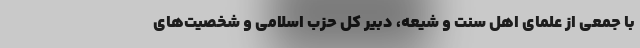
با جمعی از علمای‌ اهل سنت و شیعه، دبیر کل حزب اسلامی و شخصیت‌های